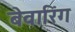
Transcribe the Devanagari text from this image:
बेवारिंग